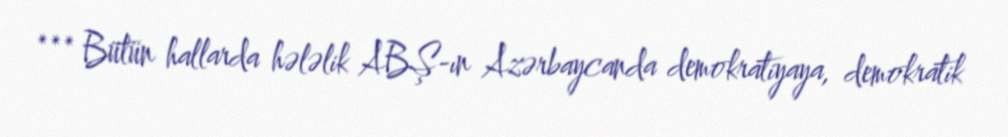
*** Bütün hallarda hələlik ABŞ-ın Azərbaycanda demokratiyaya, demokratik